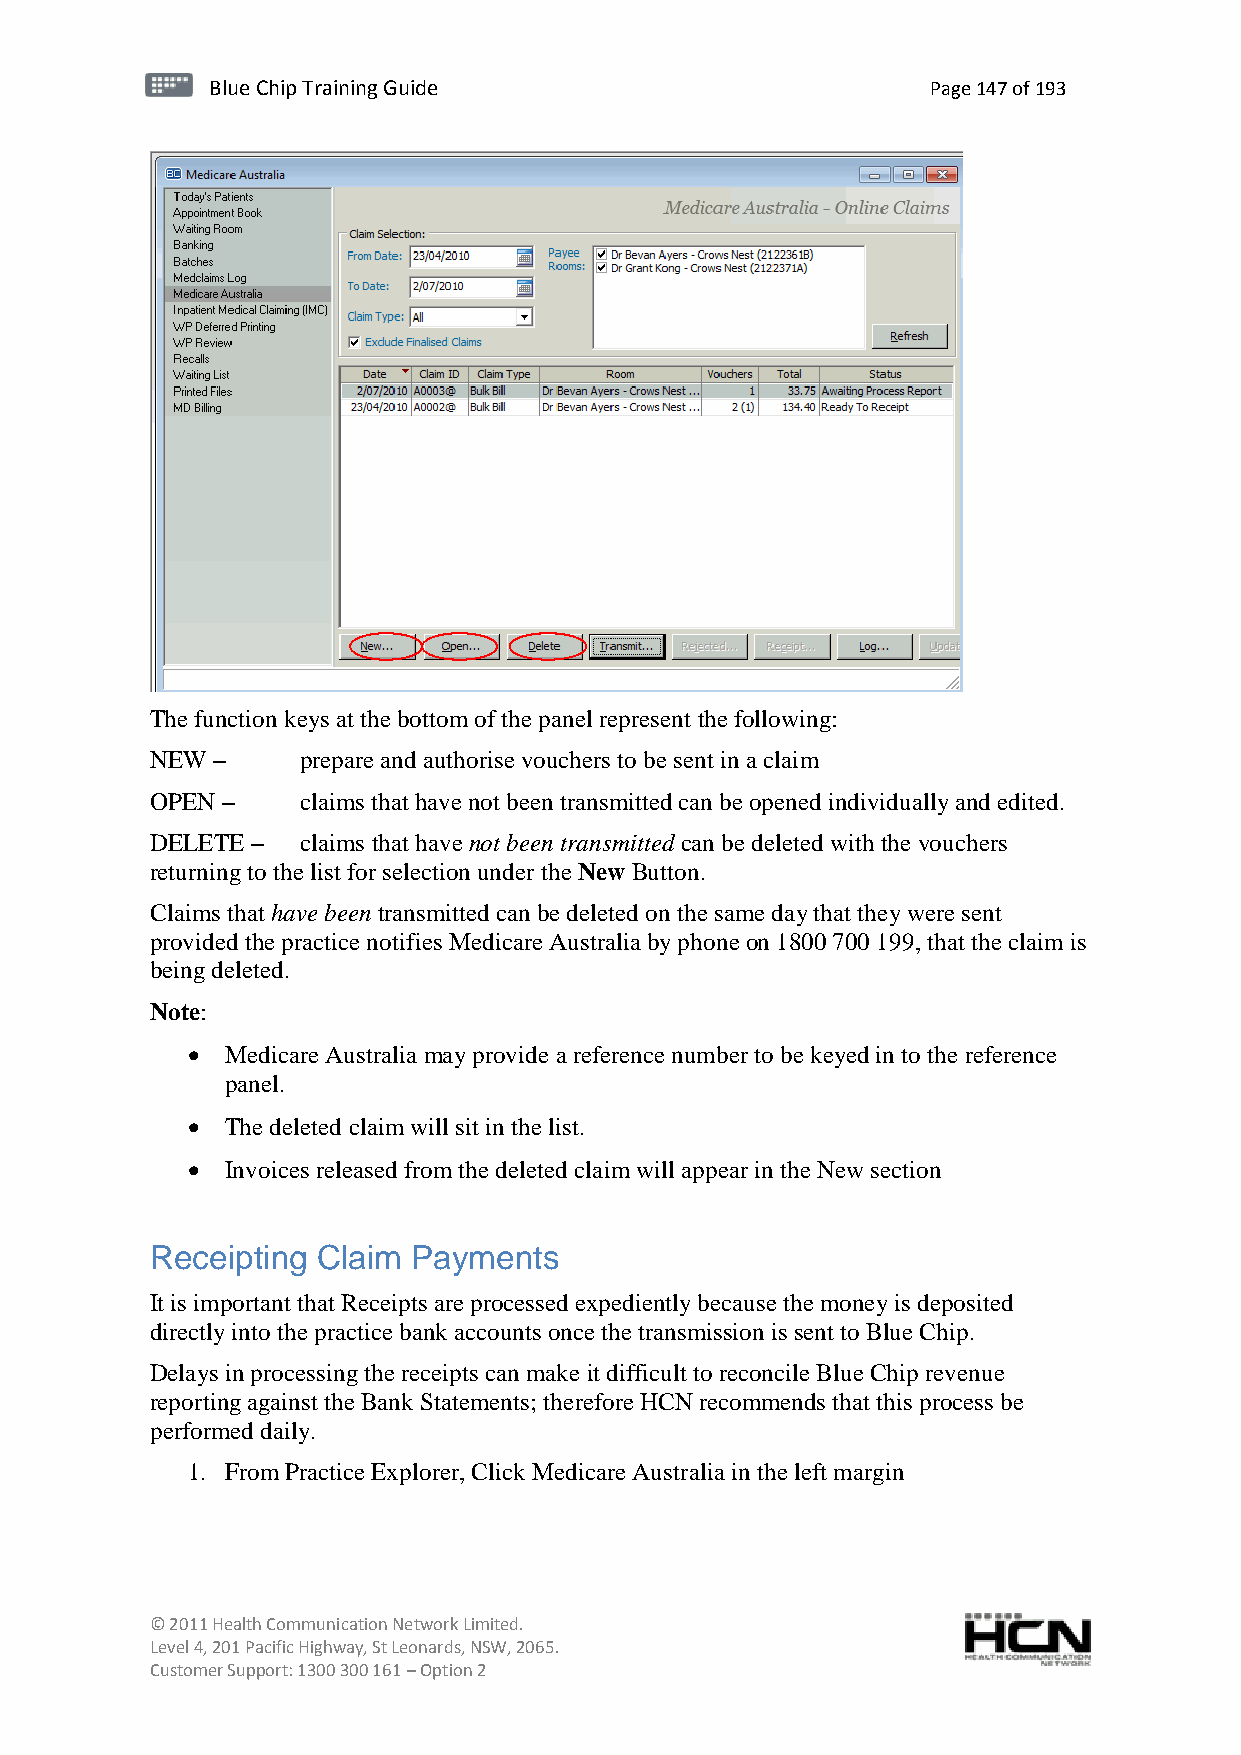
BBlluuee C Chihpi pTr Tairnainingi Gnugi dGeu ide Page 147 of 193
 The function keys at the bottom of the panel represent the following:
 NEW –     prepare and authorise vouchers to be sent in a claim
 OPEN –    claims that have not been transmitted can be opened individually and edited.
 DELETE –  claims that have not been transmitted can be deleted with the vouchers
 returning to the list for selection under the New Button.
 Claims that have been transmitted can be deleted on the same day that they were sent
 provided the practice notifies Medicare Australia by phone on 1800 700 199, that the claim is
 being deleted.
 Note:
   Medicare Australia may provide a reference number to be keyed in to the reference
 panel.
   The deleted claim will sit in the list.
   Invoices released from the deleted claim will appear in the New section
 Receipting Claim Payments
 It is important that Receipts are processed expediently because the money is deposited
 directly into the practice bank accounts once the transmission is sent to Blue Chip.
 Delays in processing the receipts can make it difficult to reconcile Blue Chip revenue
 reporting against the Bank Statements; therefore HCN recommends that this process be
 performed daily.
 1. From Practice Explorer, Click Medicare Australia in the left margin
 © 2011 Health Communication Network Limited.
 Level 4, 201 Pacific Highway, St Leonards, NSW, 2065.
 Customer Support: 1300 300 161 – Option 2